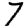
Digit: 7